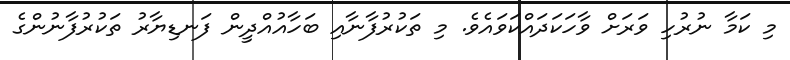
މި ކަމާ ނުރުހި ވަރަށް ވާހަކަދައްކަވައެވެ. މި ތަކުރުފާނާއި ބަހާއުއްދީން ފަނޑިޔާރު ތަކުރުފާނުންގެ